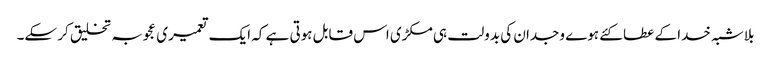
بلاشبہ خدا کے عطا کئے ہوے وجدان کی بدولت ہی مکڑی اس قابل ہوتی ہے کہ ایک تعمیری عجوبہ تخلیق کر سکے۔